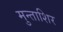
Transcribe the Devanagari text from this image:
मुन्ताशिर